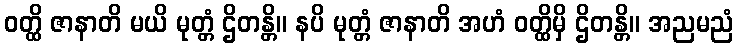
ဝတ္ထိ ဇာနာတိ မယိ မုတ္တံ ဌိတန္တိ။ နပိ မုတ္တံ ဇာနာတိ အဟံ ဝတ္ထိမှိ ဌိတန္တိ။ အညမညံ